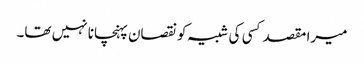
میرا مقصد کسی کی شبیہ کونقصان پہنچانا نہیں تھا۔